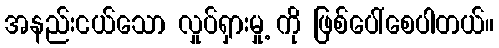
အနည်းငယ်သော လှုပ်ရှားမှု့ ကို ဖြစ်ပေါ်စေပါတယ်။